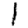
Digit: 1